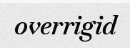
overrigid